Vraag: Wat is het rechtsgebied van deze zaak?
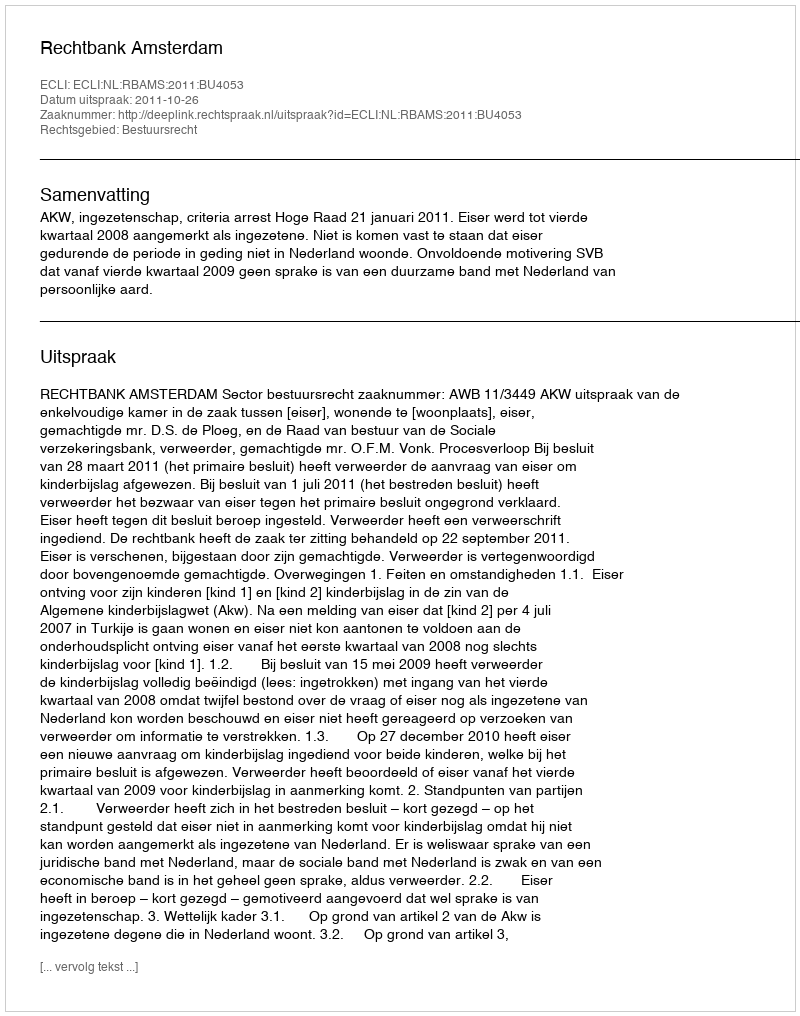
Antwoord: Bestuursrecht